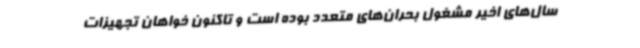
سال‌های اخیر مشغول بحران‌های متعدد بوده است و تاکنون خواهان تجهیزات